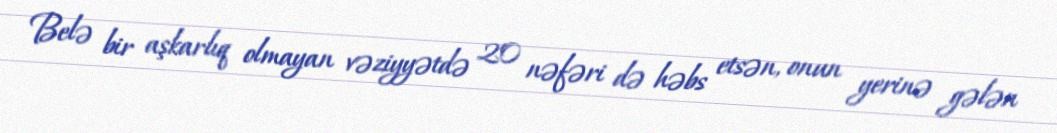
Belə bir aşkarlıq olmayan vəziyyətdə 20 nəfəri də həbs etsən, onun yerinə gələn